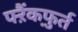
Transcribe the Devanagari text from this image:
फ्ऱैंकफ़ुर्त